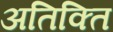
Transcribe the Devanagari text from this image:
अतिक्ति